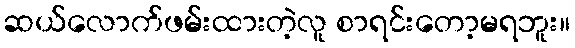
ဆယ်လောက်ဖမ်းထားတဲ့လူ စာရင်းတော့မရဘူး။